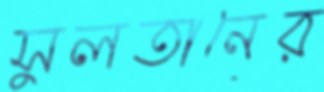
সুলতানের